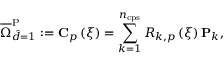
\overline { { \Omega } } _ { \hat { d } = 1 } ^ { \mathrm { { P } } } : = \mathbf { C } _ { p } \left( \xi \right) = \sum _ { k = 1 } ^ { n _ { \mathrm { { c p s } } } } R _ { k , p } \left( \xi \right) \mathbf { P } _ { k } ,